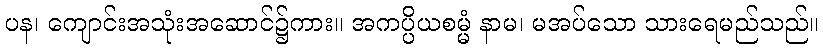
ပန၊ ကျောင်းအသုံးအဆောင်၌ကား။ အကပ္ပိယစမ္မံ နာမ၊ မအပ်သော သားရေမည်သည်။